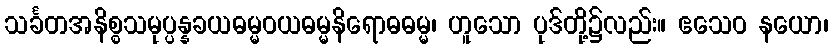
သင်္ခတအနိစ္စသမုပ္ပန္နခယဓမ္မဝယဓမ္မနိရောဓဓမ္မ၊ ဟူသော ပုဒ်တို့၌လည်း။ ဧသေဝ နယော၊